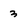
Character: 3